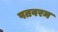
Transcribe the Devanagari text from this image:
पतवरम